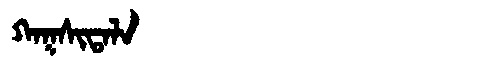
Manchu: ᡴᠠᡴᠰᡳᡨᠠᠯᠠ
Romanization: KAKSITALA